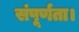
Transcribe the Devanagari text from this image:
संपूर्णता।